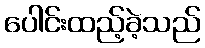
ပေါင်းထည့်ခဲ့သည်